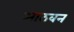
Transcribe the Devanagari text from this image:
आठवन